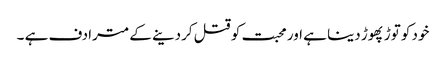
خود کو توڑ پھوڑ دینا ہے اور محبت کو قتل کردینے کے مترادف ہے ۔